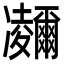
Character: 鿛